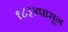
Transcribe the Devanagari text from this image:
१८३४पासून